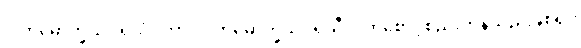
ပါတိမောက္ခသံဝရသံဝုတာ၊ ပါတိမောက္ခသံဝရသီလကိုစောင့်စည်းကုန်သည်ဖြစ်၍။